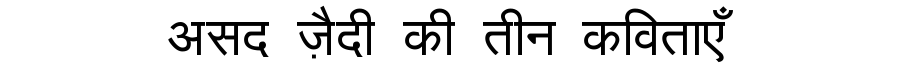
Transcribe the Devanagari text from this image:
असद ज़ैदी की तीन कविताएँ